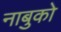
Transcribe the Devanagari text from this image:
नाबुको